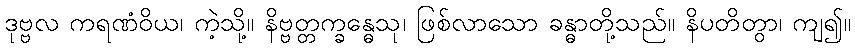
ဒုဗ္ဗလ ကရဏံဝိယ၊ ကဲ့သို့။ နိဗ္ဗတ္တက္ခန္ဓေသု၊ ဖြစ်လာသော ခန္ဓာတို့သည်။ နိပတိတွာ၊ ကျ၍။